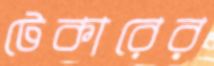
টেকারের